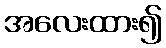
အလေးထား၍